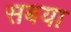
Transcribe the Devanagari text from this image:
सबया